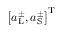
\left[ a _ { \mathrm { L } } ^ { \pm } , a _ { \mathrm { S } } ^ { \pm } \right] ^ { \mathrm { T } }